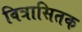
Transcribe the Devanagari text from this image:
वित्रासितक